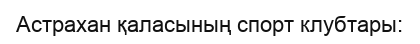
Астрахан қаласының спорт клубтары: